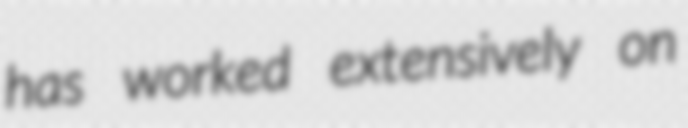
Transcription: has worked extensively on